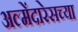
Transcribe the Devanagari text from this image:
अल्मेंदारेसच्या